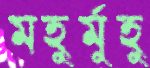
মহুর্মুহু